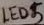
Text: LED5